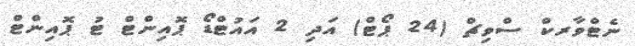
ނެޓްވާރކް ސްވިޗް (24 ޕޯޓް) އަދި 2 އައުޓްޑޯ ޕޮއިންޓް ޓު ޕޮއިންޓް